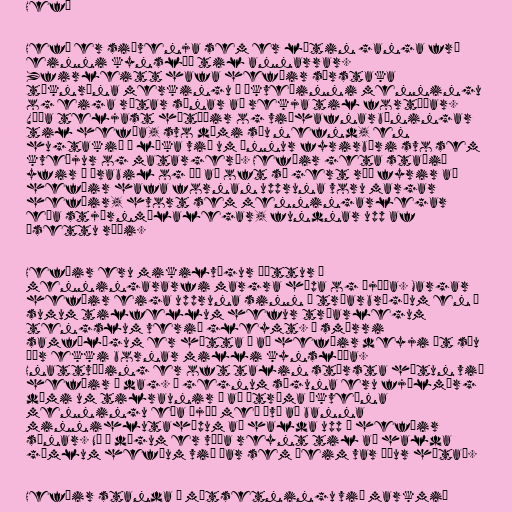
Hefð

Hefð er siðvenja sem er látin ganga frá
einni kynslóð til annarrar.
Yfirleitt hafa hefðir sérstaka
táknræna merkingu í ákveðinni menningu
og eiga rætar sínar að rekja til fortíðar.
Víða teljast hátíðir og viðhafnarbúningar
til hefða, svo dæmi séu nefnd, en
hugtakið á líka við um önnur fyrirbæri svo sem
kveðjur og matargerð. Hefðir geta staðið
yfir í árabil og þó að oft sé gert ráð fyrir að
hefðir hafa fornan uppruna voru margar
hefðir, hvort sem menningarlegar
eða stjórnmálalegar, fundnar upp af
ásettu ráði.

Hefðir eru mikilvægur þáttur í
menningararfi margra hópa og þjóða. Margar
hefðir eiga uppruna sinn í trúarbrögðum en í
sumum tilfellum hefur trúarlegum
tengslum verið gleymt. Í smærri
samfélögum er hætta á að hefðir deyji út séu
þær ekki bornar milli kynslóða.
Hnattvæðing er oft talin stærsta hótun við
hefðir í dag. Í gegnum söguna eru fjölmörg
dæmi um tilraunir á að útrýma ákveðna
menningu eða þjóð með því að banna
minnihlutahópum að halda upp á hefðir
sínar. Nú á dögum er víða reynt til að halda
gömlum hefðum við þar sem þeim var áður hótað.

Hefðir standa í mótsetningu við markmið